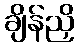
ချိန်ညှိ